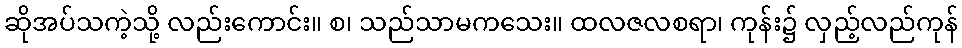
ဆိုအပ်သကဲ့သို့ လည်းကောင်း။ စ၊ သည်သာမကသေး။ ထလဇလစရာ၊ ကုန်း၌ လှည့်လည်ကုန်